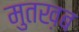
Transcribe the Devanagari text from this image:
मुतख़ब